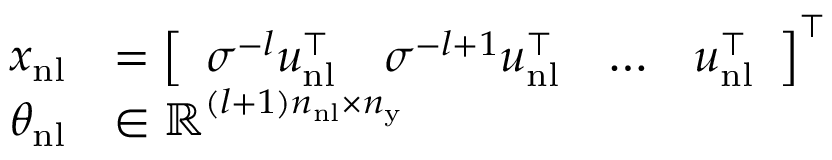
\begin{array} { r l } { x _ { \mathrm { n l } } } & { = \left[ \begin{array} { l l l l } { \sigma ^ { - l } u _ { \mathrm { n l } } ^ { \top } } & { \sigma ^ { - l + 1 } u _ { \mathrm { n l } } ^ { \top } } & { \hdots } & { u _ { \mathrm { n l } } ^ { \top } } \end{array} \right] ^ { \top } } \\ { \theta _ { \mathrm { n l } } } & { \in \mathbb { R } ^ { ( l + 1 ) n _ { \mathrm { n l } } \times n _ { \mathrm { y } } } } \end{array}